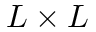
L \times L